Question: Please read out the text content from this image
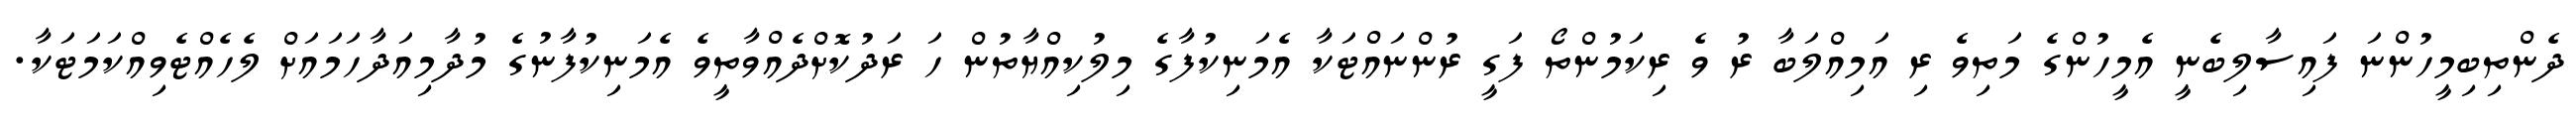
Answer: ދެންތިބިމީހުންނަ ފައިސާލިބެނީ އެމީހުންގެ މަތިވެ ރި އަމިއްލަބާ ރު ވެ ރިކަމުންތޯ ފަގީ ރުންނައްޓަކާ އެމަނިކުފާގެ މިލުކިއްޔާތުން ހަ ރަދުކޮށްދެއްވާތީވެ އެމަނިކުފާނުގެ މުދާމިއަދާހަމައަށް ލެހެއްޓެވިއްކަމަޓަކާ.